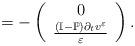
LaTeX: \begin{align*}=- \left( \begin{array}{c}0 \\ \frac{(\mathbb{I}-\mathbb{P})\partial_{t} v^{\varepsilon}}{\varepsilon} \\\end{array} \right).\end{align*}